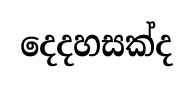
දෙදහසක්ද